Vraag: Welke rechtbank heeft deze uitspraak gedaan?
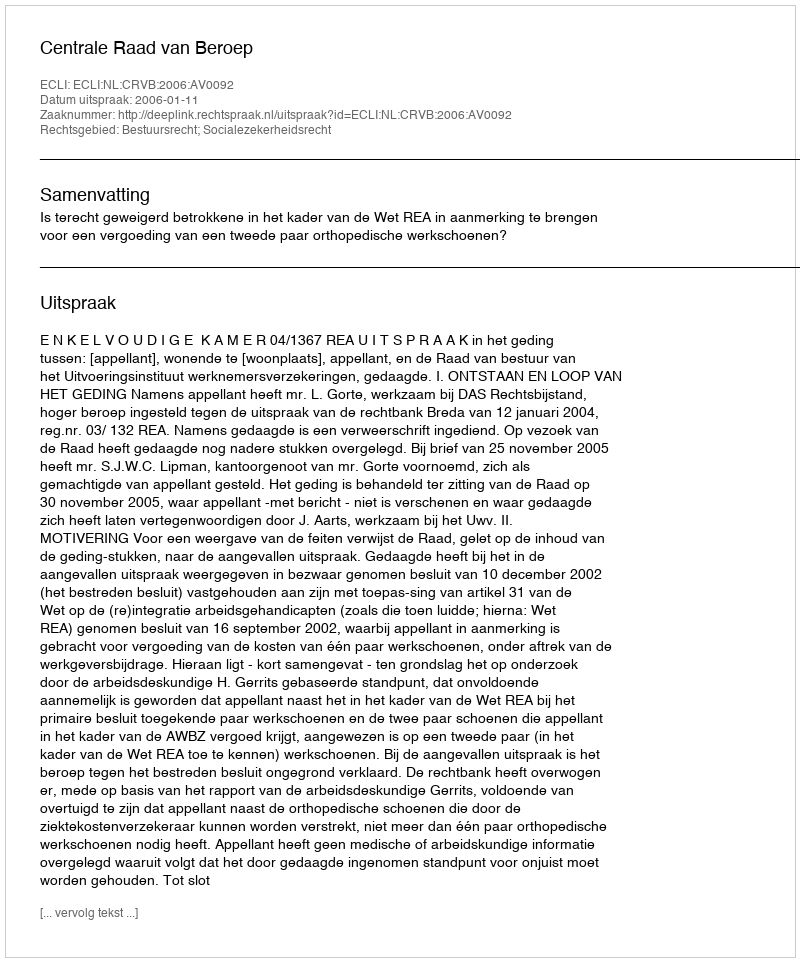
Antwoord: Centrale Raad van Beroep